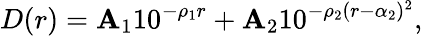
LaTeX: D(r)=\mathbf{A}_{1}10^{-\rho_{1}r}+\mathbf{A}_{2}10^{-\rho_{2}(r-\alpha_{2})^{2}},